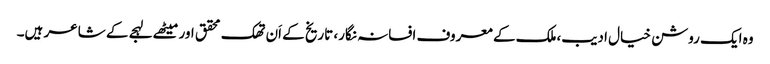
وہ ایک روشن خیال ادیب،ملک کے معروف افسانہ نگار، تاریخ کے اَن تھک محقق اور میٹھے لہجے کے شاعر ہیں۔